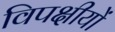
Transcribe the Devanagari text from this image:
विपक्षीयों